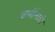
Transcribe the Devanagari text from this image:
कवींनाही